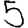
Digit: 5